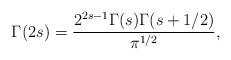
LaTeX: \begin{align*}\Gamma(2s) = \frac{2^{2s-1}\Gamma(s)\Gamma(s+1/2)}{\pi^{1/2}},\end{align*}